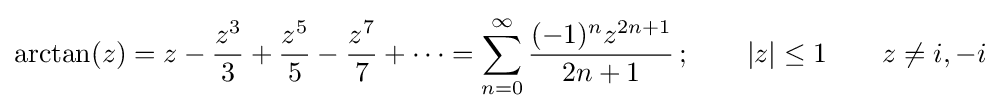
\arctan(z)=z-{\frac {z^{3}}{3}}+{\frac {z^{5}}{5}}-{\frac {z^{7}}{7}}+\cdots =\sum _{n=0}^{\infty }{\frac {(-1)^{n}z^{2n+1}}{2n+1}}\,;\qquad |z|\leq 1\qquad z\neq i,-i